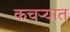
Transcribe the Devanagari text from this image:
कचर्‍यात